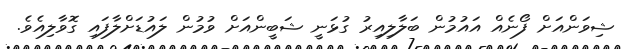
ޝިވަންއަށް ފޯނެއް އައުމުން ބަލާލިއިރު ގުޅަނީ ޝަބީންއަށް ވުމުން ލައުޑަށްލާފައި ގޮވާލިއެވެ.